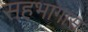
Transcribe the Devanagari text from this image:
सहभागास